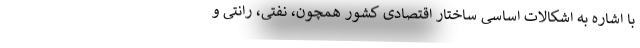
با اشاره به اشکالات اساسی ساختار اقتصادی کشور همچون، نفتی، رانتی و